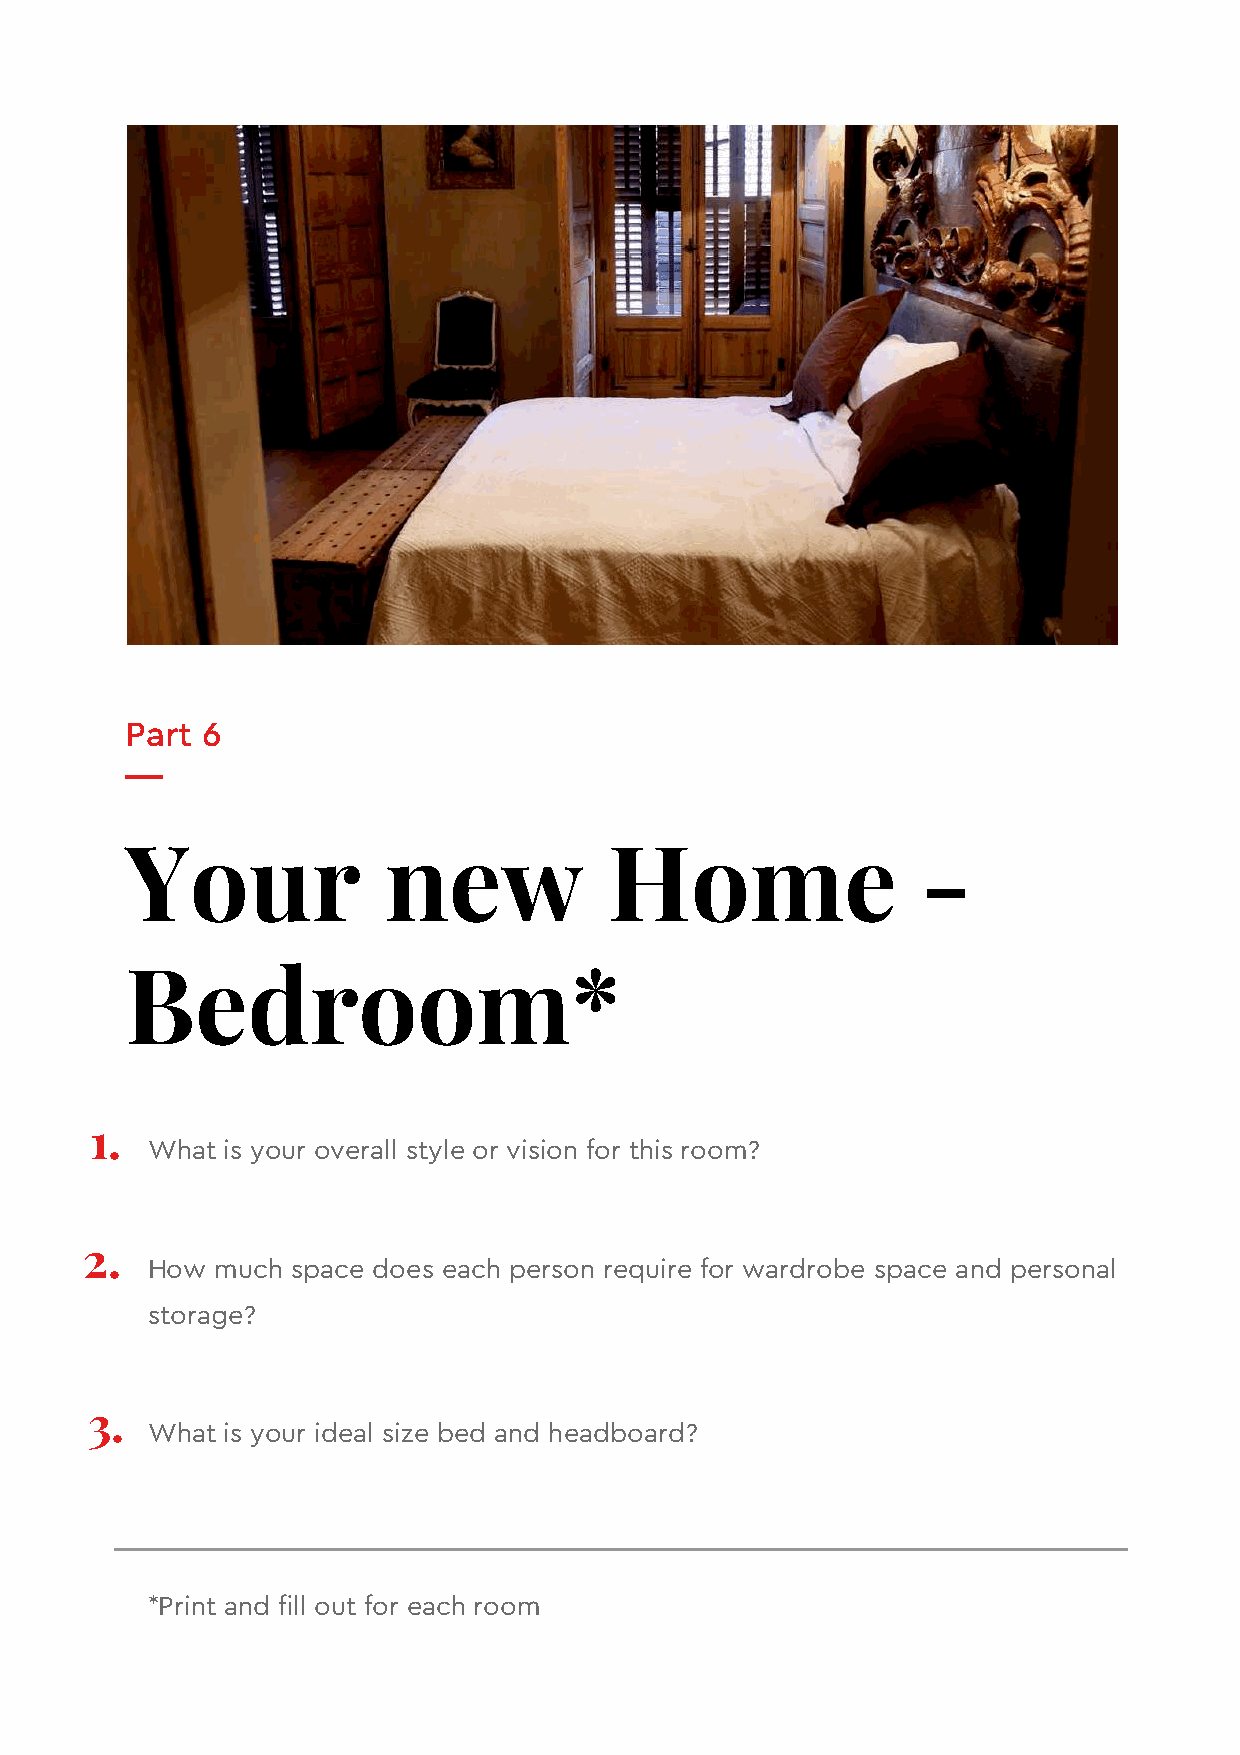
Part 6
 Your             new            Home                 -
 Bedroom*
 1.
 What is your overall style or vision for this room?
 2.
 How much space does each person require for wardrobe space and personal
 storage?
 3.
 What is your ideal size bed and headboard?
 *Print and fill out for each room